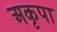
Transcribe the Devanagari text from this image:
अकृपा